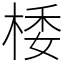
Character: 㮃